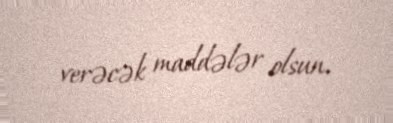
verəcək maddələr olsun.